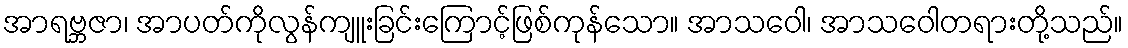
အာရဗ္ဘဇာ၊ အာပတ်ကိုလွန်ကျူးခြင်းကြောင့်ဖြစ်ကုန်သော။ အာသဝေါ၊ အာသဝေါတရားတို့သည်။